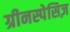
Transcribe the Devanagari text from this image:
ग्रीनस्पेसिज़